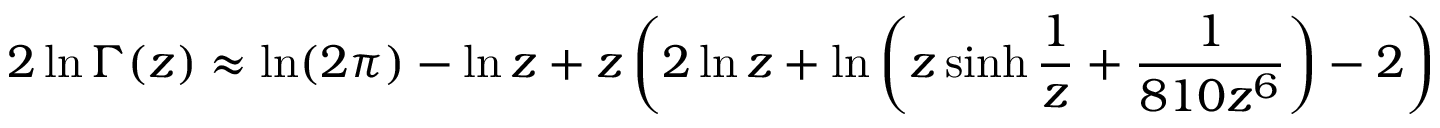
2 \ln \Gamma ( z ) \approx \ln ( 2 \pi ) - \ln z + z \left( 2 \ln z + \ln \left( z \sinh { \frac { 1 } { z } } + { \frac { 1 } { 8 1 0 z ^ { 6 } } } \right) - 2 \right)